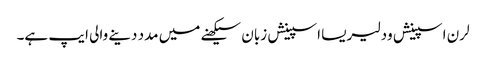
لرن اسپینش ود لیریسا اسپینش زبان سیکھنے میں مدد دینے والی ایپ ہے۔